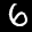
Label: 6